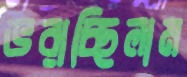
ভরাচ্ছিলাম